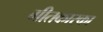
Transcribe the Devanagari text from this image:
गीतकारका